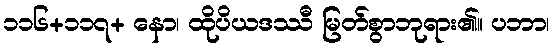
၁၁၆+၁၁၇+ နော၊ ထိုပိယဒဿီ မြတ်စွာဘုရား၏။ ပဘာ၊